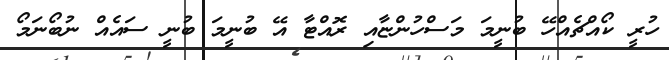
ހުރީ ކޯއްޗެއްހޭ ބުނީމަ މަސްހުންޏާއި ރޮއްޓާ އޭ ބުނީމަ ބުނީ ސައެއް ނުބޯނަމޯ